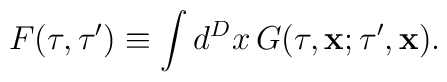
F(\tau,\tau')\equiv\int d^Dx\,G(\tau,{\bf x};\tau',{\bf x}).